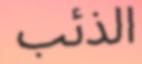
الذئب